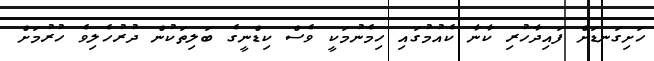
ހަށިގަނޑަށް ފައިދާހުރި ކާނާ ކެއުމުގައި ހިމެނުމަކީ ވެސް ކިޑްނީގެ ބަލިތަކުން ދުރުހެލިވެ ހުރުމަށް